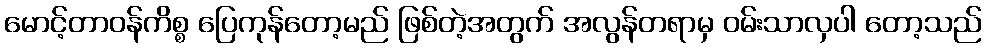
မောင့်တာဝန်ကိစ္စ ပြေကုန်တော့မည် ဖြစ်တဲ့အတွက် အလွန်တရာမှ ဝမ်းသာလှပါ တော့သည်